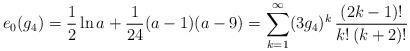
LaTeX: \begin{align*}e_0(g_4)=\frac{1}{2} \ln a + \frac{1}{24} (a-1)(a-9)=\sum_{k=1}^{\infty} (3g_4)^k\, \frac{(2k-1)!}{k!\,(k+2)!}\end{align*}